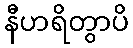
နီဟရိတွာပိ